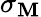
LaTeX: \sigma_{\mathbf{M}}